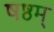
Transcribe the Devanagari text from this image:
षष्ठम्‌